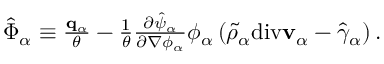
\begin{array} { r } { \hat { \boldsymbol { \Phi } } _ { \alpha } \equiv \frac { \mathbf { q } _ { \alpha } } { \theta } - \frac { 1 } { \theta } \frac { \partial \hat { \psi } _ { \alpha } } { \partial \nabla \phi _ { \alpha } } \phi _ { \alpha } \left( \tilde { \rho } _ { \alpha } \mathrm { d i v } \mathbf { v } _ { \alpha } - \hat { \gamma } _ { \alpha } \right) . } \end{array}